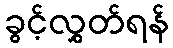
ခွင့်လွှတ်ရန်